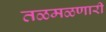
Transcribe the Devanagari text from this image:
तळमळणारी